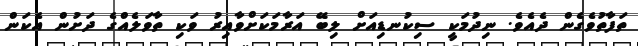
ތަފާތުވެގެން ދެއެވެ. ނިދުމަކީ ސިކުނޑިއަށް ލިބޭ އަރާމަކަށްވާއިރު ވަކި ތާވަލެއްގެ ދަށުން އެކަން